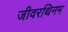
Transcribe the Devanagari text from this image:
जीवरथिनम